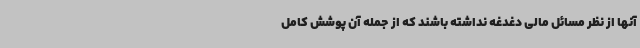
آنها از نظر مسائل مالی دغدغه نداشته باشند که از جمله آن پوشش کامل